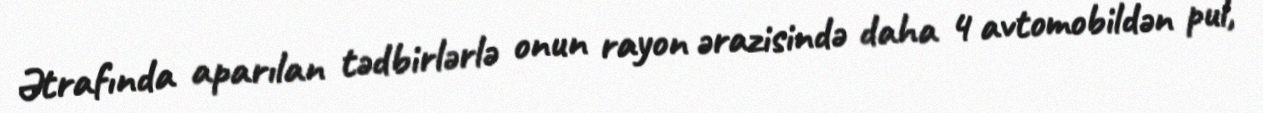
Ətrafında aparılan tədbirlərlə onun rayon ərazisində daha 4 avtomobildən pul,